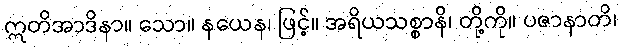
ဣတိအာဒိနာ။ သော။ နယေန၊ ဖြင့်။ အရိယသစ္စာနိ၊ တို့ကို။ ပဇာနာတိ၊